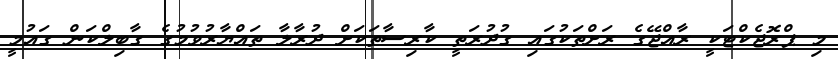
މި ޕްރޮޖެކްޓަކީ ރާއްޖޭގެ ރަށްތަކުގައި ގުދުރަތީ ކާރިސާތަކަށް ދުރާލާ ތައްޔާރުވުމުގެ ގާބިލްކަން ގައުމީ